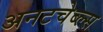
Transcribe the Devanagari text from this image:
अनटचेब्ल्स